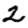
Digit: 2